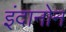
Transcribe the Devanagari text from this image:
इंदानोन